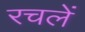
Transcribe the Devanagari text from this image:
रचलें